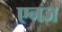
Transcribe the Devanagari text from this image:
एनज